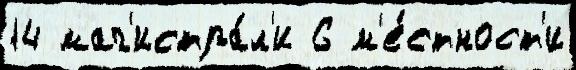
14 маг'истра́л'и 6 м'е́стност'и